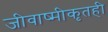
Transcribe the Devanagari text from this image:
जीवाष्मीकृतही